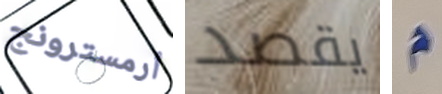
أرمسترونج يقصد م